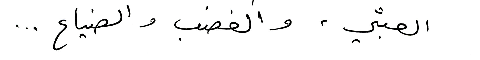
العبثي، والغضب، والضياع ...